Theory and practice of anti-rabic immunisation - Number 30
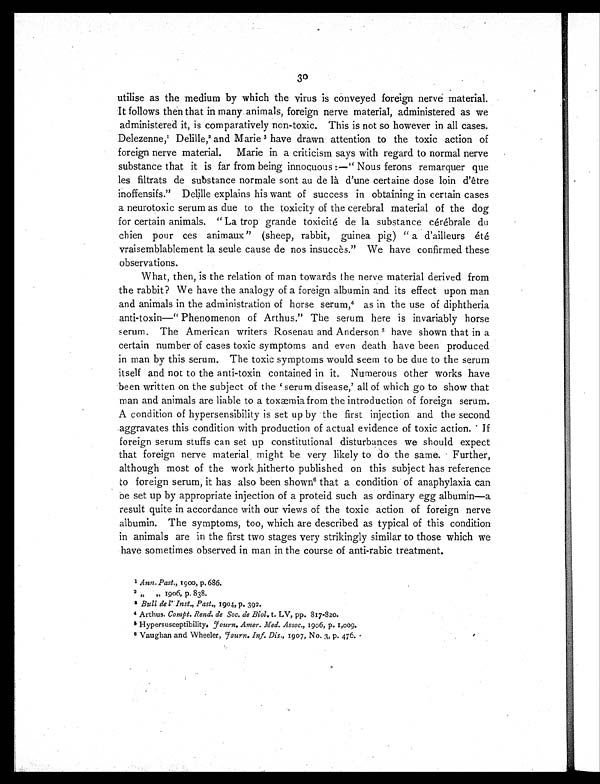
30
utilise as the medium by which the virus is conveyed foreign nerve material.
It follows then that in many animals, foreign nerve material, administered as we
administered it, is comparatively non-toxic. This is not so however in all cases.
Delezenne,1 Delille,2 and Marie3 have drawn attention to the toxic action of
foreign nerve material. Marie in a criticism says with regard to normal nerve
substance that it is far from being innocuous :—"Nous ferons remarquer que
les filtrats de substance normale sont au de là d'une certaine dose loin d'être
inoffensifs." Delille explains his want of success in obtaining in certain cases
a neurotoxic serum as due to the toxicity of the cerebral material of the dog
for certain animals. "La trop grande toxicité de la substance cérébrale du
chien pour ces animaux" (sheep, rabbit, guinea pig) "a d'ailleurs été
vraisemblablement la seule cause de nos insuccès." We have confirmed these
observations.
What, then, is the relation of man towards the nerve material derived from
the rabbit? We have the analogy of a foreign albumin and its effect upon man
and animals in the administration of horse serum,4 as in the use of diphtheria
anti-toxin—"Phenomenon of Arthus." The serum here is invariably horse
serum. The American writers Rosenau and Anderson 5 have shown that in a
certain number of cases toxic symptoms and even death have been produced
in man by this serum. The toxic symptoms would seem to be due to the serum
itself and not to the anti-toxin contained in it. Numerous other works have
been written on the subject of the 'serum disease,' all of which go to show that
man and animals are liable to a toxæmia from the introduction of foreign serum.
A condition of hypersensibility is set up by the first injection and the second
aggravates this condition with production of actual evidence of toxic action. If
foreign serum stuffs can set up constitutional disturbances we should expect
that foreign nerve material might be very likely to do the same. Further,
although most of the work hitherto published on this subject has reference
to foreign serum, it has also been shown6 t h a t a c o n d i t i o n o f a n a p h y l a x i a c a n
be set up by appropriate injection of a proteid such as ordinary egg albumin—a
result quite in accordance with our views of the toxic action of foreign nerve
albumin. The symptoms, too, which are described as typical of this condition
in animals are in the first two stages very strikingly similar to those which we
have sometimes observed in man in the course of anti-rabic treatment.
1 Ann. Past., 1900, p.686.
2 „ „ 1906, p. 838.
3 Bull de l' Inst., Past., 1904, p. 392.
4 Arthus. Compt. Rend. de Soc. de Biol. t. LV, pp. 817-820.
5Hype r s us c e pt i bi l i t yJ o u r n . Ame r . Me d . As s o c . , 1906, p. 1,009.
6 Vaughan and Wheeler, Journ. Inf. Dis., 1907, No. 3 , p 4 7 6 .